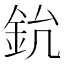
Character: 𨥡